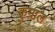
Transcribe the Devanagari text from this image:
कुम्राल